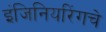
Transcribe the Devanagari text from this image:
इंजिनियरिंगचे